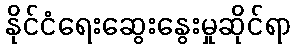
နိုင်ငံရေးဆွေးနွေးမှုဆိုင်ရာ